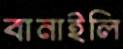
বানাইলি